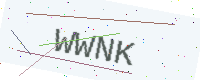
Text: WWNK